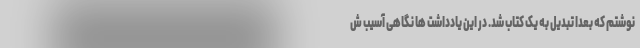
نوشتم که بعدا تبدیل به یک کتاب شد. در این یادداشت ها نگاهی آسیب ش